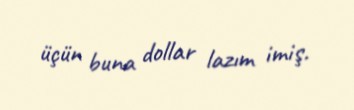
üçün buna dollar lazım imiş.